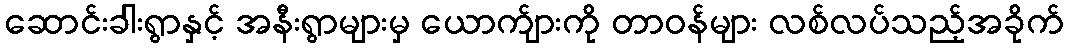
ဆောင်းခါးရွာနှင့် အနီးရွာများမှ ယောက်ျားကို တာဝန်များ လစ်လပ်သည့်အခိုက်